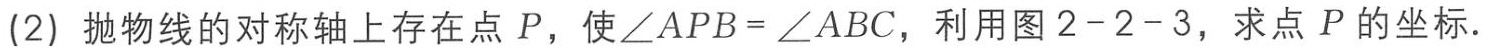
(2) 抛物线的对称轴上存在点 \(P\)，使\(\angle APB = \angle ABC\)，利用图2 - 2 - 3，求点 \(P\) 的坐标.